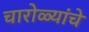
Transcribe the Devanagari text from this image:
चारोळ्यांचे